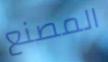
المصنع